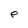
Character: e